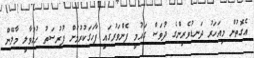
އެގޮތުން މިއަހަރު ދަނޑުވެރިންގެ ދުވަސް ގައުމީ ފެންވަރުގައި ފާހަގަކުރުމަށް ފުރުސަތު ހުޅުވާލީ މާލޭން